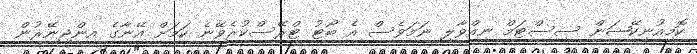
ކޮމިއުނިކޭޝަން ސިސްޓަމް ނިއްވާލި ނަމަވެސް އެ ބޯޓު ޓްރޭސްކުރެވޭނެ ކަމަށް އޭނާގެ އިންޖިނޭރުން